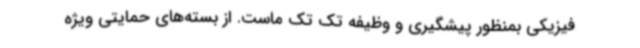
فیزیکی بمنظور پیشگیری و وظیفه تک تک ماست. از بسته‌های حمایتی ویژه